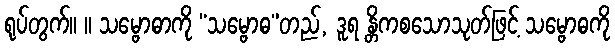
ရုပ်တွက်။ ။ သမ္ဗောဓာကို “သမ္ဗောဓ”တည်, ဒူရ န္တိကစသောသုတ်ဖြင့် သမ္ဗောဓကို